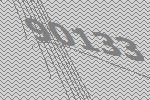
90133